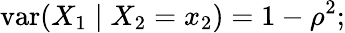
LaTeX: \operatorname{var}(X_{1}\mid X_{2}=x_{2})=1-\rho^{2};